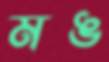
মঙ